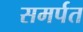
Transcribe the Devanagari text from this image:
समर्पत